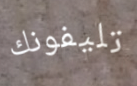
تليفونك